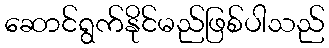
ဆောင်ရွက်နိုင်မည်ဖြစ်ပါသည်